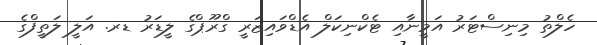
ހެލްތު މިނިސްޓަރު އަމީނާއި ޓެކްނިކަލް އެޑްވައިޒަރީ ގްރޫޕްގެ ލީޑަރު ޑރ. އަލީ ލަތީފްގެ